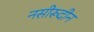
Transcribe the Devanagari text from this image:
नसीरूदीन